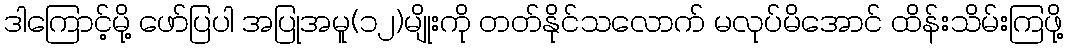
ဒါကြောင့်မို့ ဖော်ပြပါ အပြုအမူ(၁၂)မျိုးကို တတ်နိုင်သလောက် မလုပ်မိအောင် ထိန်းသိမ်းကြဖို့